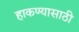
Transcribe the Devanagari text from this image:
हाकण्यासाठी